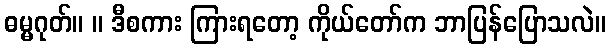
ဓမ္မဂုတ်။ ။ ဒီစကား ကြားရတော့ ကိုယ်တော်က ဘာပြန်ပြောသလဲ။